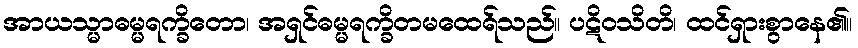
အာယသ္မာဓမ္မရက္ခိတော၊ အရှင်ဓမ္မရက္ခိတမထေရ်သည်။ ပဋိဝသိတိ၊ ထင်ရှားစွာနေ၏။